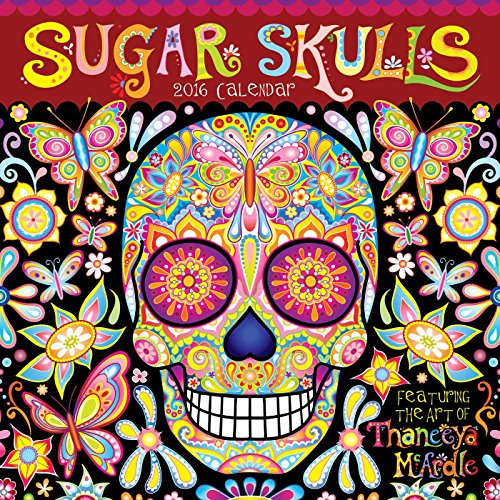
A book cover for Sugar Skulls 2016 Wall Calendar; Thaneeya McArdle; Calendars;